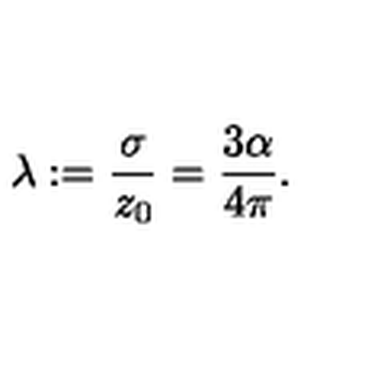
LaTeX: \lambda : = { \frac { \sigma } { z _ { 0 } } } = { \frac { 3 \alpha } { 4 \pi } } .